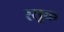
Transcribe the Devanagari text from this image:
रसूक